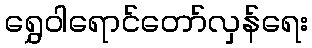
ရွှေဝါရောင်တော်လှန်ရေး